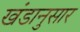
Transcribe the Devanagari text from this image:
खंडानुसार